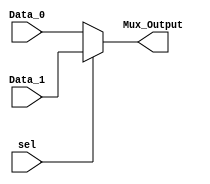
//Device description: set selector to 0 for Data_0 and 1 for Data_1

module mux2to1
#(
	parameter WORD_LENGTH = 32
)
(
	// Input Ports
  input sel,
  input [WORD_LENGTH-1 : 0] Data_0, Data_1,
	
	// Output Ports
  output [WORD_LENGTH-1 : 0] Mux_Output

);

  assign Mux_Output = (sel) ? Data_1: Data_0;

endmodule